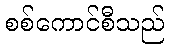
စစ်ကောင်စီသည်